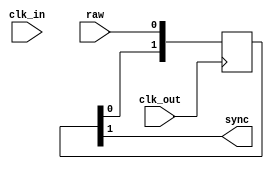
/*  Author: Jose Tejada Gomez. Twitter: @topapate
    Version: 1.0
    Date: 15-4-2022 */

// Enable the LATCHIN parameter if the raw input comes
// from combinational logic

module mister_clksync #(parameter W=1, LATCHIN=0)(
    input   clk_in,
    input   clk_out,
    input   [W-1:0] raw,
    output  [W-1:0] sync
);

reg  [W-1:0] latched;
wire [W-1:0] eff;

always @(posedge clk_in) latched <= raw;
assign eff = LATCHIN ? latched : raw;

generate
    genvar i;
    for( i=0; i<W; i=i+1 ) begin : synchronizer
        reg [1:0] s;
        assign sync[i] = s[1];

        always @(posedge clk_out) begin
            s <= { s[0], eff[i] };
        end
    end
endgenerate

endmodule